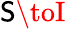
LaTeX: \mathsf{S}\toI